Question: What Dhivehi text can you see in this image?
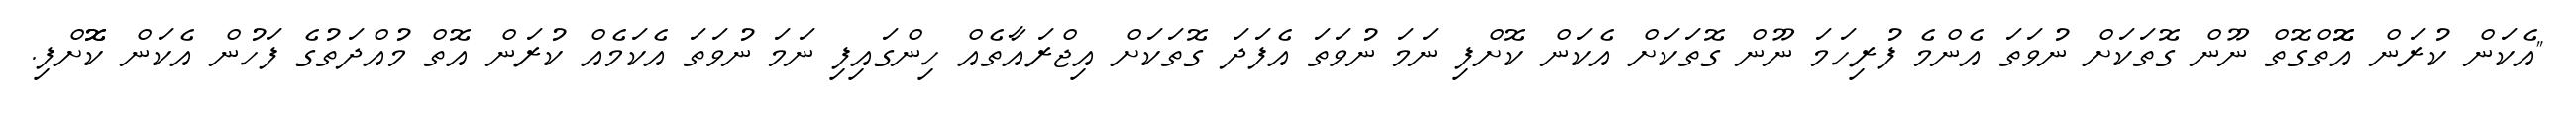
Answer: "އެކަން ކުރަން އޮޮތްގޮތް ނޫން ގޮތަކަށް ނުވަތަ އެންމެ ފުރިހަމަ ނޫން ގޮތަކަށް އެކަން ކޮށްފި ނަމަ ނުވަތަ އެފަދަ ގޮތަކަށް އިޖްރައާތެއް ހިންގައިފި ނަމަ ނުވަތަ އެކަމެއް ކުރަން އޮތް މުއްދަތުގެ ފަހުން އެކަން ކޮޮށްފި.